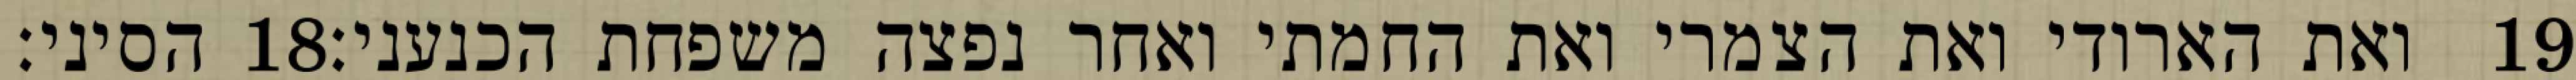
הסיני׃ ‎18‏ ואת הארודי ואת הצמרי ואת החמתי ואחר נפצה משפחת הכנעני׃ ‎19‏